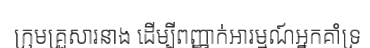
ក្រុមគ្រួសារនាង ដើម្បីពញ្ញាក់អារម្មណ៍អ្នកគាំទ្រ